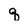
Character: q